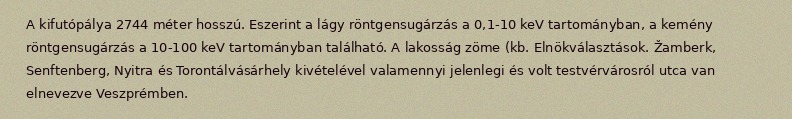
A kifutópálya 2744 méter hosszú. Eszerint a lágy röntgensugárzás a 0,1-10 keV tartományban, a kemény röntgensugárzás a 10-100 keV tartományban található. A lakosság zöme (kb. Elnökválasztások. Žamberk, Senftenberg, Nyitra és Torontálvásárhely kivételével valamennyi jelenlegi és volt testvérvárosról utca van elnevezve Veszprémben.